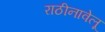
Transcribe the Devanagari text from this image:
राठीनावेलू